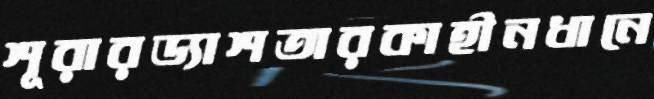
শূরারড্যাশতারকাহীনধানে